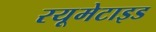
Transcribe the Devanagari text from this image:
रयूमेटाइड